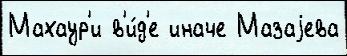
Махаур'и в'и́д'е иначе Мазаjева